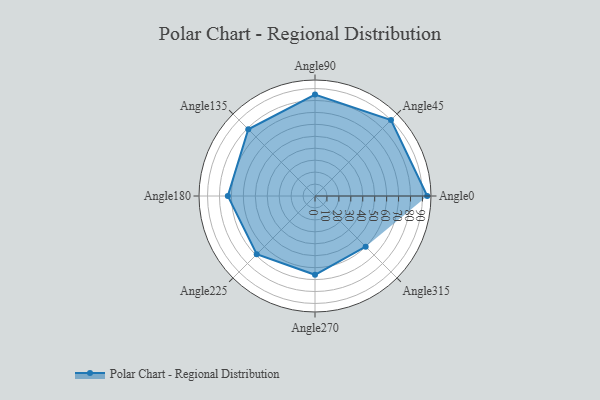
{"axis": {"x": "Angle", "y": "Radius"}, "legend": [""], "data": [{"x": "Angle0", "y": 94.0, "type": ""}, {"x": "Angle45", "y": 90.0, "type": ""}, {"x": "Angle90", "y": 85.0, "type": ""}, {"x": "Angle135", "y": 79.0, "type": ""}, {"x": "Angle180", "y": 73.0, "type": ""}, {"x": "Angle225", "y": 69.0, "type": ""}, {"x": "Angle270", "y": 66.0, "type": ""}, {"x": "Angle315", "y": 60.0, "type": ""}]}